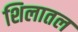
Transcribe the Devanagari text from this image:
शिलातल